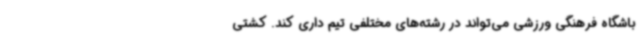
باشگاه فرهنگی ورزشی می‌تواند در رشته‌های مختلفی تیم داری کند. کشتی